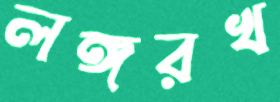
লঙ্গরখ